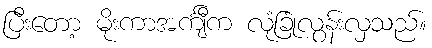
ပြီးတော့ မိုးကာအင်္ကျီက လုံခြုံလွန်းလှသည်။